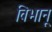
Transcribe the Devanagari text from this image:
विभानू